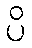
ပိ